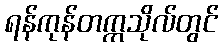
ရန်ကုန်တက္ကသိုလ်တွင်